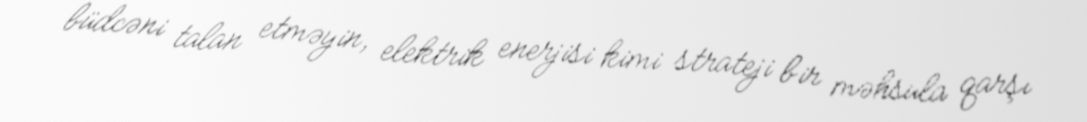
büdcəni talan etməyin, elektrik enerjisi kimi strateji bir məhsula qarşı